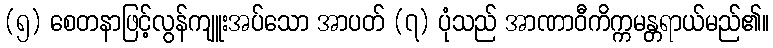
(၅) စေတနာဖြင့်လွန်ကျူးအပ်သော အာပတ် (၇) ပုံသည် အာဏာဝီကိက္ကမန္တရာယ်မည်၏။